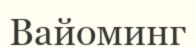
Вайоминг